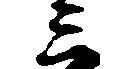
三